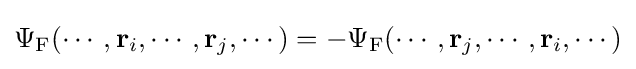
\Psi _{\rm {F}}(\cdots ,\mathbf {r} _{i},\cdots ,\mathbf {r} _{j},\cdots )=-\Psi _{\rm {F}}(\cdots ,\mathbf {r} _{j},\cdots ,\mathbf {r} _{i},\cdots )